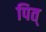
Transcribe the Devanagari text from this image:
पित्‌